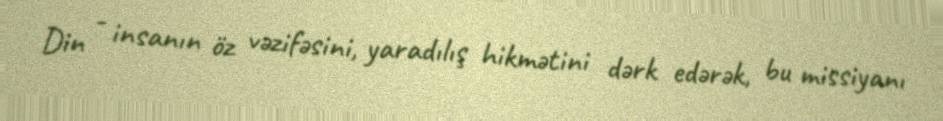
Din - insanın öz vəzifəsini, yaradılış hikmətini dərk edərək, bu missiyanı